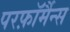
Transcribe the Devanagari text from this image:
परफ़ॉर्मैन्स